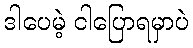
ဒါပေမဲ့ ငါပြောရမှာပဲ